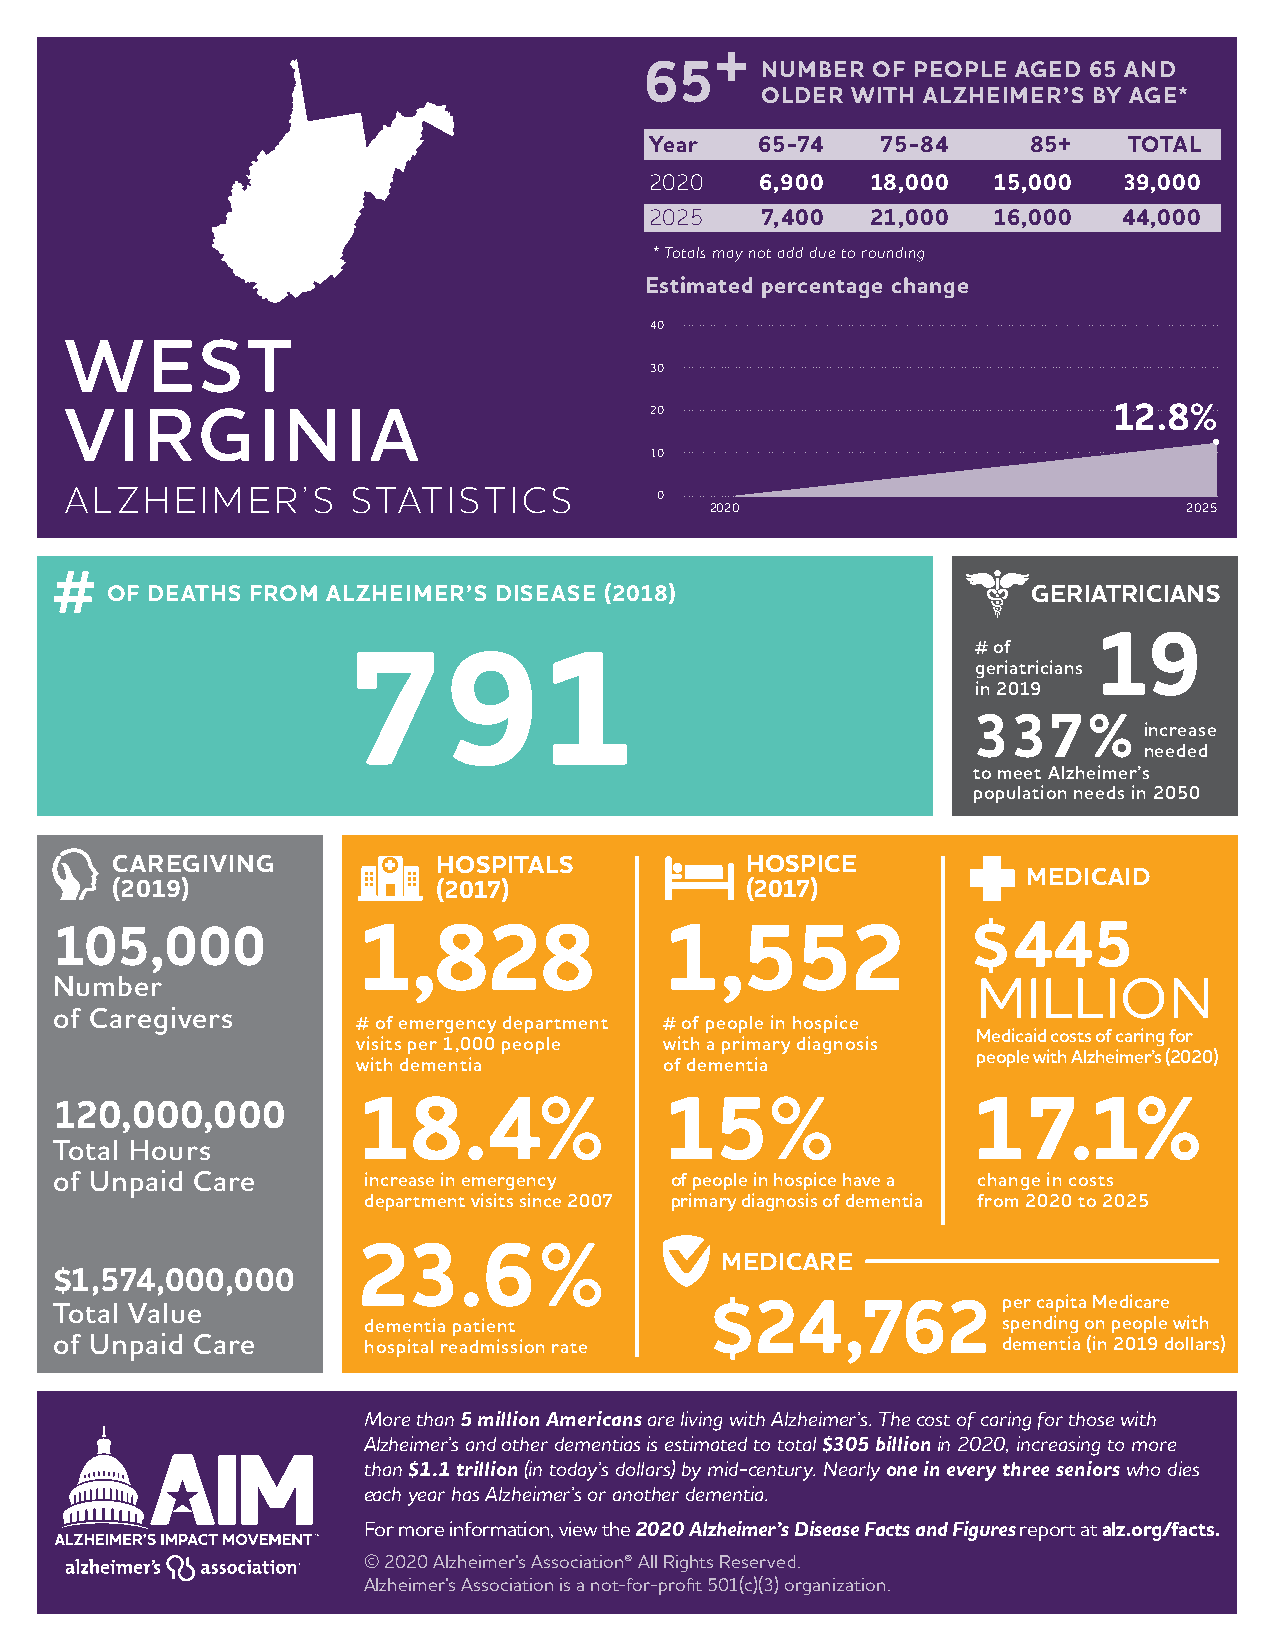
NUMBER  OF PEOPLE AGED 65 AND
 OLDER WITH ALZHEIMER’S BY AGE*
 Year   65-74   75-84     85+    TOTAL
 2020   6,900   18,000  15,000  39,000
 2025   7,400   21,000  16,000  44,000
 * Totals may not add due to rounding
 Estimated percentage change
 40
 WEST
 30
 VIRGINIA                               20                             12.8%
 10
 ALZHEIMER’S        STATISTICS           0
 2020                            2025
 OF DEATHS FROM ALZHEIMER’S DISEASE (2018)                    GERIATRICIANS
 # of   19
 791                                       geriatricians
 in 2019
 337%
 increase
 needed
 to meet Alzheimer’s
 population needs in 2050
 CAREGIVING            HOSPITALS           HOSPICE
 MEDICAID
 (2019)                (2017)              (2017)
 105,000              1,828               1,552               $445
 Number                                                        MILLION
 of Caregivers
 # of emergency department # of people in hospice
 Medicaid costs of caring for
 visits per 1,000 people with a primary diagnosis
 people with Alzheimer’s (2020)
 with dementia       of dementia
 120,000,000          18.4%               15%                 17.1%
 Total Hours
 of Unpaid Care       increase in emergency of people in hospice have a change in costs
 department visits since 2007 primary diagnosis of dementia from 2020 to 2025
 23.6%
 MEDICARE
 $1,574,000,000
 per capita Medicare
 Total Value                                 $24,762
 dementia patient                          spending on people with
 of Unpaid Care       hospital readmission rate                 dementia (in 2019 dollars)
 More than 5 million Americans are living with Alzheimer’s. The cost of caring for those with
 Alzheimer’s and other dementias is estimated to total $305 billion in 2020, increasing to more
 than $1.1 trillion (in today’s dollars) by mid-century. Nearly one in every three seniors who dies
 each year has Alzheimer’s or another dementia.
 For more information, view the 2020 Alzheimer’s Disease Facts and Figures report at alz.org/facts.
 © 2020 Alzheimer’s Association® All Rights Reserved.
 Alzheimer’s Association is a not-for-profit 501(c)(3) organization.